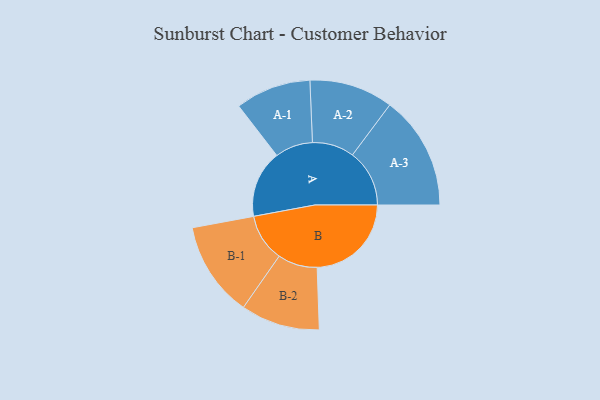
{"axis": {"x": "Segment", "y": "Value"}, "legend": ["", "A", "B"], "data": [{"x": "A", "y": 347, "type": ""}, {"x": "B", "y": 486, "type": ""}, {"x": "A-1", "y": 195, "type": "A"}, {"x": "A-2", "y": 216, "type": "A"}, {"x": "A-3", "y": 294, "type": "A"}, {"x": "B-1", "y": 246, "type": "B"}, {"x": "B-2", "y": 204, "type": "B"}]}